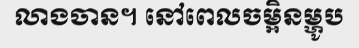
លាងចាន។ នៅពេលចម្អិនម្ហូប